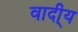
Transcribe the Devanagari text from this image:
वादी्य